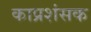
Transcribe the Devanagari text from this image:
काप्रशंसक